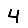
Digit: 4